Report on enteric fever
Disease focus: Fever
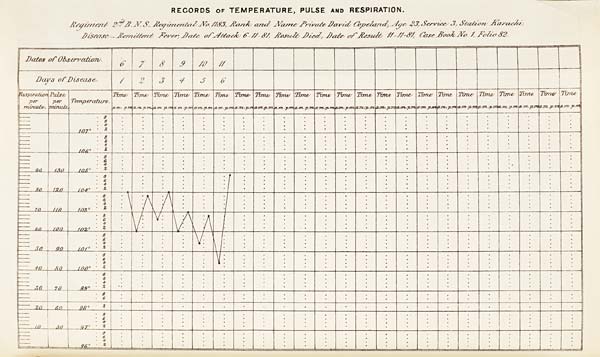
RECORDS OF TEMPERATURE, PULSE AND RESPIRATION.
Regiment 2 nd B. N. S., Regimental No. 1183, Rank and Name Private David Copeland, Age 23, Service 3, Station Karachi.
Disease - Remittent Fever, Date of Attack 6-11-81, Result Died, Date of Result 11-11-81, Case Book No. 1, Folio 82.